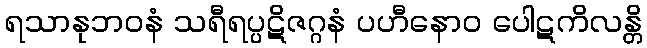
ရသာနုဘဝနံ သရီရပ္ပဋိဇဂ္ဂနံ ပဟီနောဝ ပေါဋကိလန္တိ